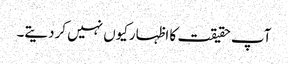
آپ حقیقت کا اظہارکیوں نہیں کردیتے۔